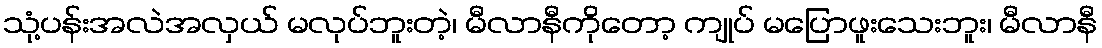
သုံ့ပန်းအလဲအလှယ် မလုပ်ဘူးတဲ့၊ မီလာနီကိုတော့ ကျုပ် မပြောဖူးသေးဘူး၊ မီလာနီ